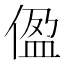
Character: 𫣂